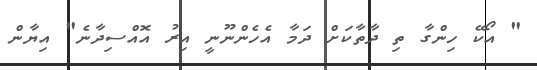
" އޯކޭ ހިންގާ ތި ދާތާކަށް ދަމާ އެހެންނޫނީ އިރު އޮއްސިދާނެ" އިޔާން